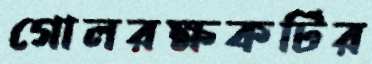
গোলরক্ষকটির